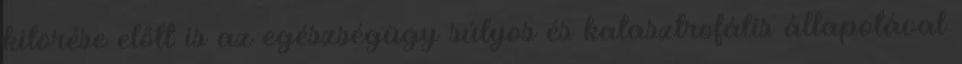
kitörése előtt is az egészségügy súlyos és katasztrofális állapotával